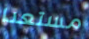
مستعدا